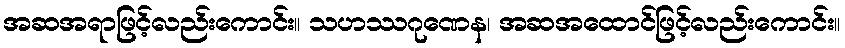
အဆအရာဖြင့်လည်းကောင်း။ သဟဿဂုဏေန၊ အဆအထောင်ဖြင့်လည်းကောင်း။